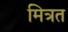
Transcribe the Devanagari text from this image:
मित्रत